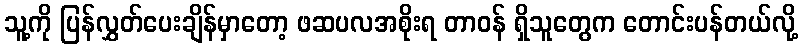
သူ့ကို ပြန်လွှတ်ပေးချိန်မှာတော့ ဖဆပလအစိုးရ တာဝန် ရှိသူတွေက တောင်းပန်တယ်လို့